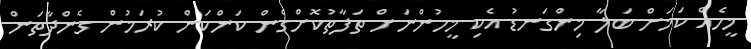
މީހެއް ކަމަށް ބަލާ މިންގަނޑު އެކި މީހުންނަށް ތަފާތުކޮށްގެން ކަންކަން ކުރަމުން ގެންދާތަން